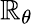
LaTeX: \mathbb{R}_{\theta}